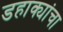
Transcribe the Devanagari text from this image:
डहाक्यांचा